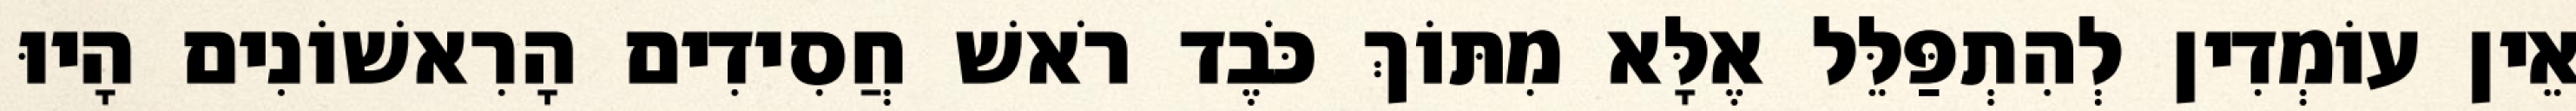
אֵין עוֹמְדִין לְהִתְפַּלֵּל אֶלָּא מִתּוֹךְ כֹּבֶד רֹאשׁ חֲסִידִים הָרִאשׁוֹנִים הָיוּ